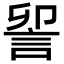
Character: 𮘃